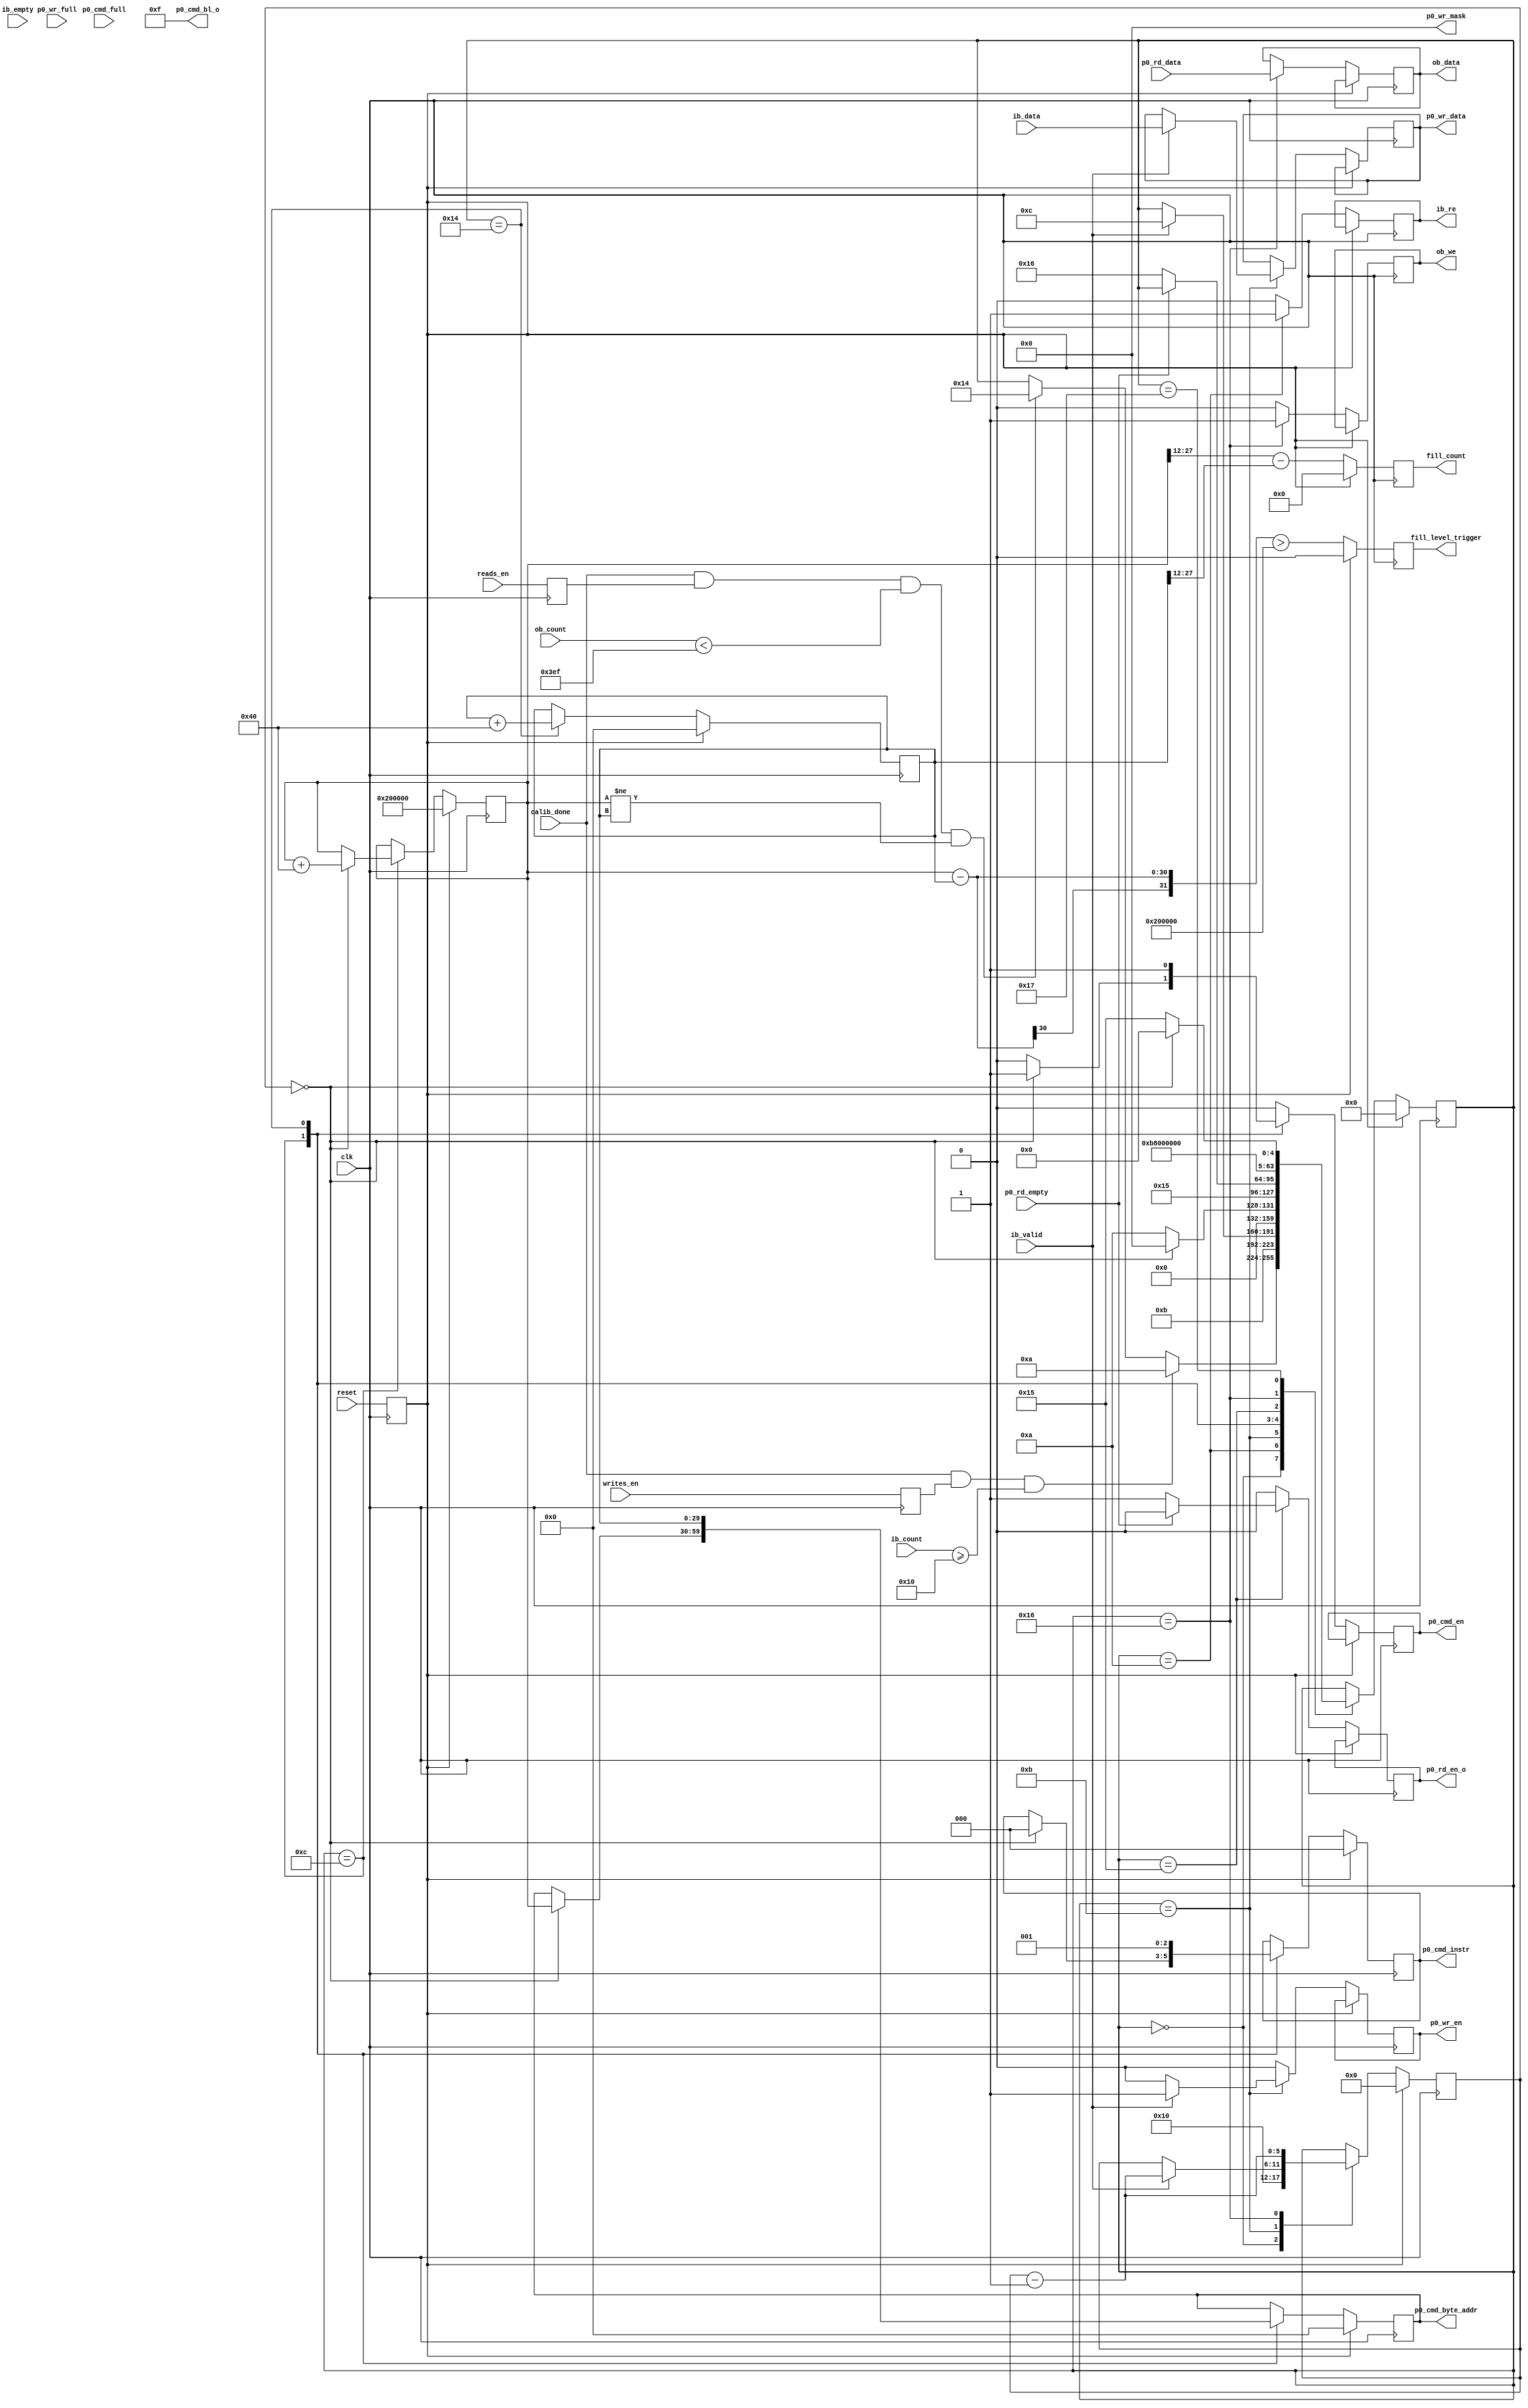

`timescale 1ns/1ps
//`default_nettype none

module ddr2_fifo
	(
	input  wire          clk,
	input  wire          reset,
	input  wire          writes_en,
	input  wire          reads_en,
	input  wire          calib_done, 
	//DDR Input Buffer (ib_)
	output reg           ib_re,
	input  wire [31:0]   ib_data,
	input  wire [9:0]    ib_count,
	input  wire          ib_valid,
	input  wire          ib_empty,
	//DDR Output Buffer (ob_)
	output reg           ob_we,
	output reg  [31:0]   ob_data,
	input  wire [9:0]    ob_count,
	
	output reg           p0_rd_en_o, 
	input  wire          p0_rd_empty,
	input  wire [31:0]   p0_rd_data,
	
	input  wire          p0_cmd_full,
	output reg           p0_cmd_en,
	output reg  [2:0]    p0_cmd_instr,
	output reg  [29:0]   p0_cmd_byte_addr,
	output wire [5:0]    p0_cmd_bl_o, 
	input  wire          p0_wr_full,
	output reg           p0_wr_en,
	output reg  [31:0]   p0_wr_data,
	output wire [3:0]    p0_wr_mask,
	
	//JKR
	output reg 				fill_level_trigger,
	output reg [15:0]		fill_count	
	);

localparam FIFO_SIZE      = 1024;
//localparam BURST_LEN      = 32;  // Number of 32bit user words per DRAM command (Must be Multiple of 2)
localparam BURST_LEN      = 16;

wire        rd_fifo_afull;
reg  [29:0] cmd_byte_addr_wr, cmd_byte_addr_rd;
reg  [5:0]  burst_cnt;

reg         write_mode;
reg         read_mode;
reg         reset_d;


assign p0_cmd_bl_o = BURST_LEN - 1;
assign p0_wr_mask = 4'b0000;

always @(posedge clk) write_mode <= writes_en;
always @(posedge clk) read_mode <= reads_en;
always @(posedge clk) reset_d <= reset;

//JKR
localparam FIFO_LATENCY = 2*1024*1024;    // 10/3/2012 increase to 2M

integer state;
localparam s_idle  = 0,
           s_write1 = 10,
           s_write2 = 11,
           s_write3 = 12,
           s_read1 = 20,
           s_read2 = 21,
           s_read3 = 22,
           s_read4 = 23;
always @(posedge clk) begin
	if (reset_d) begin
		state           <= s_idle;
		burst_cnt       <= 3'b000;
		//cmd_byte_addr_wr  <= 0;   //JKR removed
		cmd_byte_addr_wr  <= FIFO_LATENCY;   //JKR added
		cmd_byte_addr_rd  <= 0;
		p0_cmd_instr <= 3'b0;
		p0_cmd_byte_addr <= 30'b0;
		
		//JKR
		fill_level_trigger <= 1'b0;
		fill_count <= 1'b0;
		
	end else begin
		p0_cmd_en  <= 1'b0;
		p0_wr_en <= 1'b0;
		ib_re <= 1'b0;
		p0_rd_en_o   <= 1'b0;
		ob_we <= 1'b0;

		//JKR
		fill_level_trigger <= (cmd_byte_addr_wr-cmd_byte_addr_rd)>FIFO_LATENCY;
		fill_count <= (cmd_byte_addr_wr[27:12]-cmd_byte_addr_rd[27:12]);
		
		case (state)
			s_idle: begin
				burst_cnt <= BURST_LEN;

				// only start writing when initialization done
				if (calib_done==1 && write_mode==1 && (ib_count >= BURST_LEN)) begin
					state <= s_write1;
				// end else if (calib_done==1 && read_mode==1 && (ob_count<(FIFO_SIZE-1-BURST_LEN) ) ) begin   //JKR removed
				end else if (calib_done==1 && read_mode==1 && (ob_count<(FIFO_SIZE-1-BURST_LEN) )  && (cmd_byte_addr_wr!=cmd_byte_addr_rd)) begin   //JKR added
					state <= s_read1;
				end

				
				
			end

			s_write1: begin
				state <= s_write2;
				ib_re <= 1'b1;
			end

			s_write2: begin
				if(ib_valid==1) begin
					p0_wr_data <= ib_data;
					p0_wr_en   <= 1'b1;
					burst_cnt <= burst_cnt - 1;
					state <= s_write3;
				end
			end
			
			s_write3: begin
				if (burst_cnt == 3'd0) begin
					p0_cmd_en    <= 1'b1;
					p0_cmd_byte_addr <= cmd_byte_addr_wr;
					cmd_byte_addr_wr <= cmd_byte_addr_wr + 4*BURST_LEN;
					p0_cmd_instr     <= 3'b000;
					state <= s_idle;
				end else begin
					state <= s_write1;
				end
			end

			s_read1: begin
				p0_cmd_byte_addr <= cmd_byte_addr_rd;
				cmd_byte_addr_rd <= cmd_byte_addr_rd + 4*BURST_LEN;
				p0_cmd_instr     <= 3'b001;
				p0_cmd_en    <= 1'b1;
				state <= s_read2;
			end
			
			s_read2: begin
				if(p0_rd_empty==0) begin
					p0_rd_en_o <= 1'b1;
					state <= s_read3;
				end
			end
			
			s_read3: begin
				ob_data <= p0_rd_data;
				ob_we <= 1'b1;
				burst_cnt <= burst_cnt - 1;
				state <= s_read4;
			end
			
			s_read4: begin
				if (burst_cnt == 3'd0) begin
					state <= s_idle;
				end else begin
					state <= s_read2;
				end
			end
			
				
		endcase
	end
end


endmodule